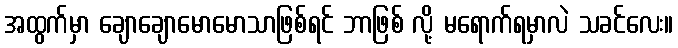
အထွက်မှာ ချောချောမောမောသာဖြစ်ရင် ဘာဖြစ် လို့ မရောက်ရမှာလဲ သခင်လေး။